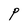
Character: P